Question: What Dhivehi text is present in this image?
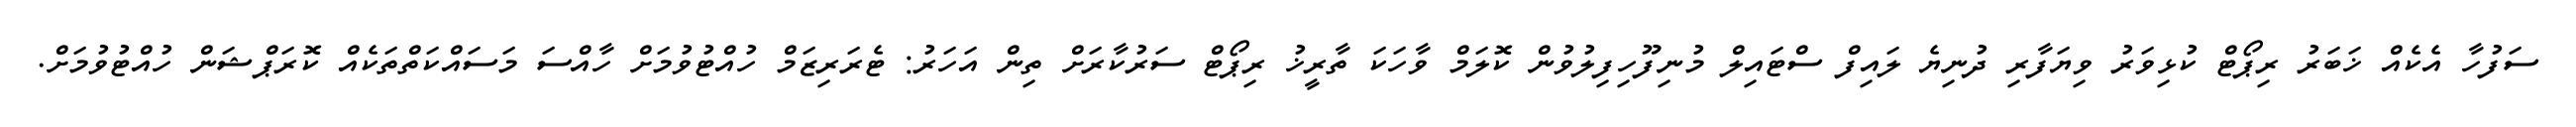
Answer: ސަފުހާ އެކެއް ޚަބަރު ރިޕޯޓް ކުޅިވަރު ވިޔަފާރި ދުނިޔެ ލައިފް ސްޓައިލް މުނިފޫހިފިލުވުން ކޮލަމް ވާހަކަ ތާރީޚު ރިޕޯޓް ސަރުކާރަށް ތިން އަހަރު: ޓެރަރިޒަމް ހުއްޓުވުމަށް ހާއްސަ މަސައްކަތްތަކެއް ކޮރަޕްޝަން ހުއްޓުވުމަށް.